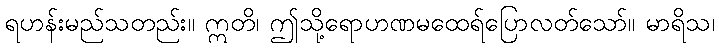
ရဟန်းမည်သတည်း။ ဣတိ၊ ဤသို့ရောဟဏမထေရ်ပြောလတ်သော်။ မာရိသ၊